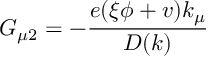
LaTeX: G _ { \mu 2 } = - \frac { e ( \xi \phi + v ) k _ { \mu } } { D ( k ) }